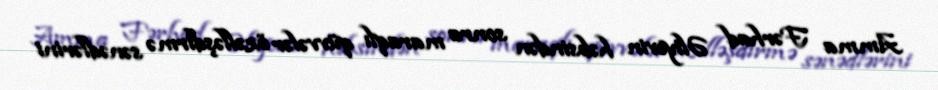
Amma Fərhad Əliyevin həbsindən sonra maraqlı qüvvələr özəlləşdirmə sənədlərini